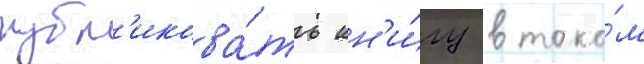
публ'икова́ть кн'и́гу в тако́м